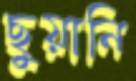
ছুয়ানি